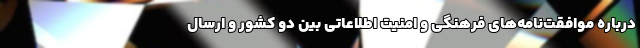
درباره موافقت‌نامه‌های فرهنگی و امنیت اطلاعاتی بین دو کشور و ارسال